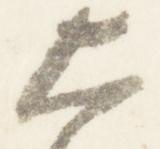
大